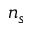
n _ { s }